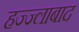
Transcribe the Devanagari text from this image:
हज्ज्लाबाद